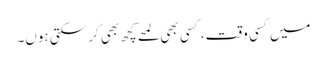
میں کسی وقت، کسی بھی لمحے کچھ بھی کر سکتی ہوں۔